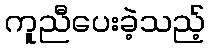
ကူညီပေးခဲ့သည့်